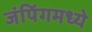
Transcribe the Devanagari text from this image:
जंपिंगमध्ये